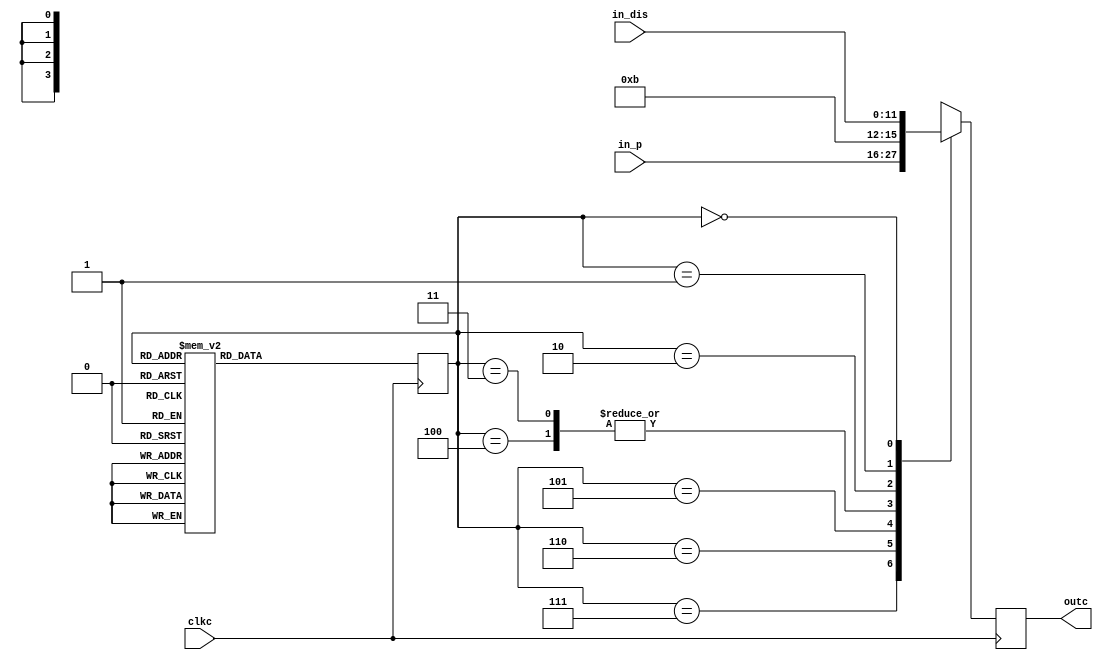
module chooser_dis(clkc,in_dis,in_p,outc);
	input [11:0] in_dis,in_p;
	input clkc;
	output reg [3:0] outc;
	parameter S0 = 4'd10,S1 = 4'd11;
	reg [2:0] state;
	always @ (posedge clkc)begin
		case(state)
			4'd0: state <= 1;
			4'd1: state <= 2;
			4'd2: state <= 3;
			4'd3: state <= 4;
			4'd4: state <= 5;
			4'd5: state <= 6;
			4'd6: state <= 7;
			4'd7: state <= 0;
			default:state <= 0;
		endcase
	end
	always @ (posedge clkc)begin
		case(state)
			4'd7: outc = in_p[11:8];
			4'd6: outc = in_p[7:4];
			4'd5: outc = in_p[3:0];
			4'd4: outc = S1;
			4'd3: outc = S1;
			4'd2: outc = in_dis[11:8];
			4'd1: outc = in_dis[7:4];
			4'd0: outc = in_dis[3:0];
			default:outc = S1;
		endcase
	end
endmodule